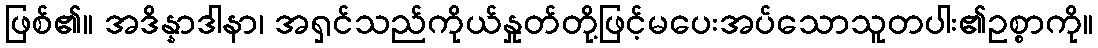
ဖြစ်၏။ အဒိန္နာဒါနာ၊ အရှင်သည်ကိုယ်နှုတ်တို့ဖြင့်မပေးအပ်သောသူတပါး၏ဥစ္စာကို။